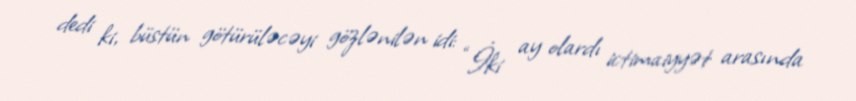
dedi ki, büstün götürüləcəyi gözlənilən idi: “İki ay olardı ictimaiyyət arasında